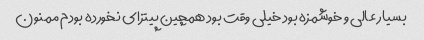
بسیار عالی و خوشمزه بود خیلی وقت بود همچین پیتزای نخورده بودم ممنون